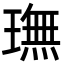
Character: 璑